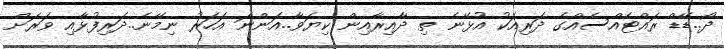
ދޯ..ޑޭޑް ރައްޓެއްސެއްގެ ދަރިއަކު އުޅޭނެ ތި ދާއިރާއިން ކިޔަވާ..އަންނަ އަހަރު ނިމޭނެ..ދަރިފުޅާއި ވަރަށް